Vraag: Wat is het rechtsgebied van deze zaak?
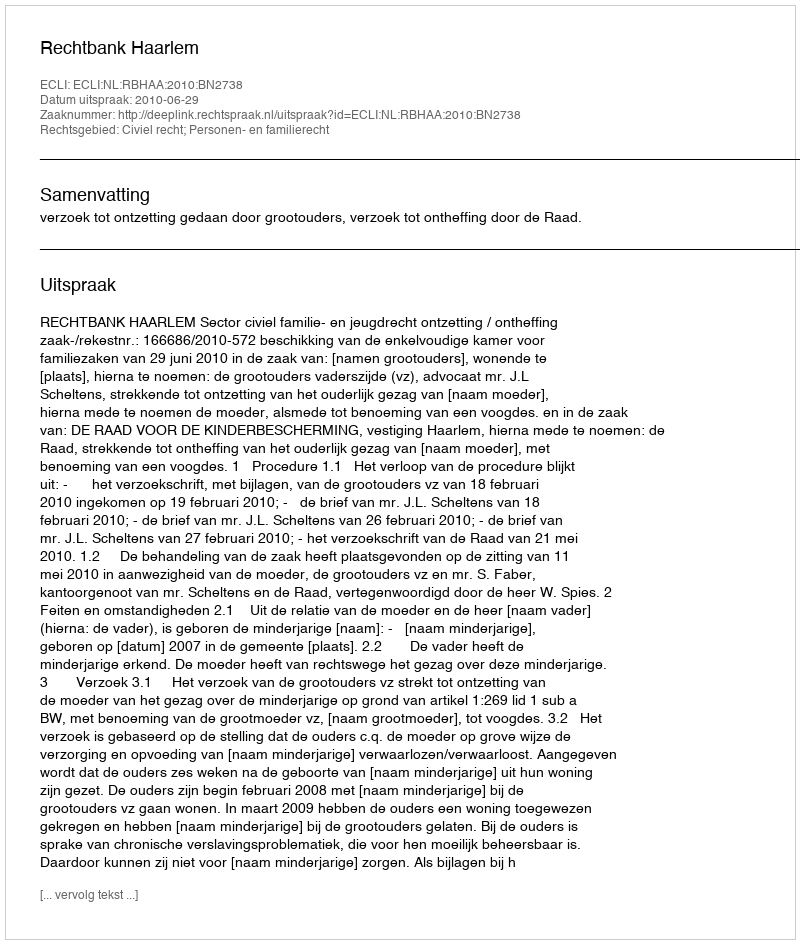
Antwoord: Civiel recht; Personen- en familierecht